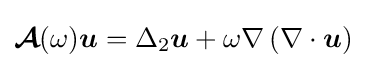
{\boldsymbol {\mathcal {A}}}(\omega ){\boldsymbol {u}}=\Delta _{2}{\boldsymbol {u}}+\omega \nabla \left(\nabla \cdot {\boldsymbol {u}}\right)